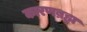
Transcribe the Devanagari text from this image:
कारणब्रह्म